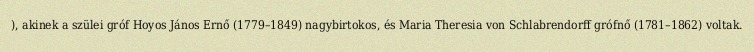
), akinek a szülei gróf Hoyos János Ernő (1779–1849) nagybirtokos, és Maria Theresia von Schlabrendorff grófnő (1781–1862) voltak.